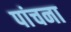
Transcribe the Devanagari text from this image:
पांचना